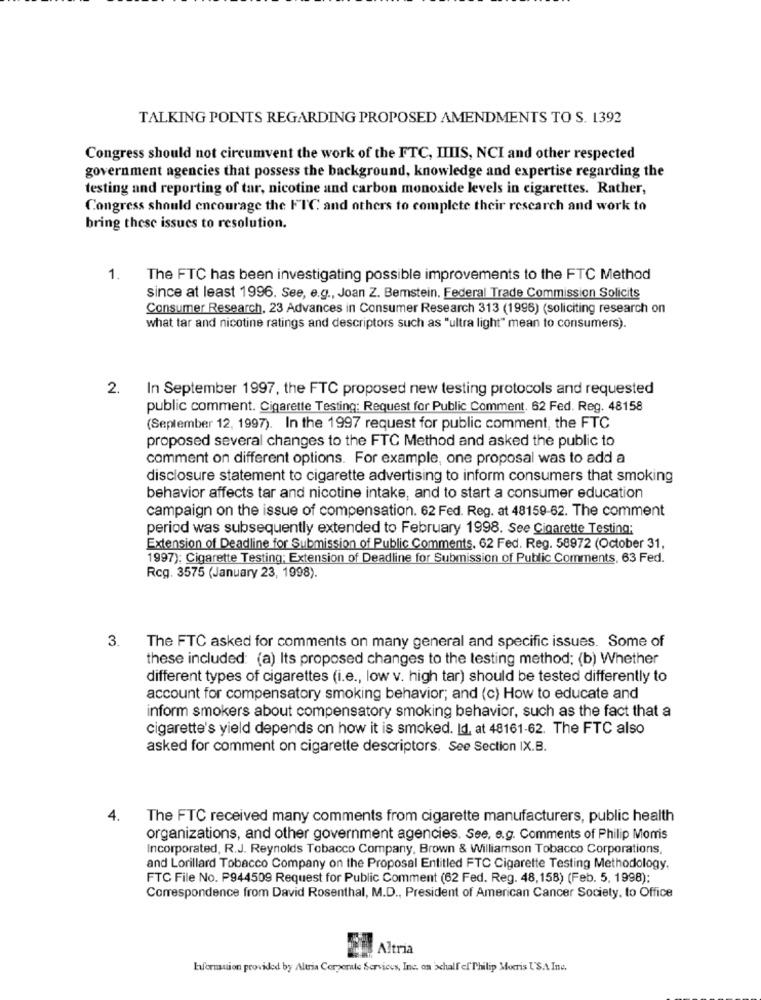
TALKING POINTS REGARDING PROPOSED AMENDMENTS TO S. 1392
Congress should not circumvent the work of the FTC, IIIIS, NCI and other respected
government agencies that possess the background, knowledge and expertise regarding the
testing and reporting of tar, nicotine and carbon monoxide levels in cigarettes. Rather,
Congress should encourage the FIC and others to complete their research and work to
bring these issues to resolution.
1.
The FTC has been investigating possible improvements to the FTC Method
since at least 1996. See, e.g ., Joan Z. Bemstein. Federal Trade Commission Solicits
Consumer Research, 23 Advances in Consumer Research 313 (1996) (soliciting research on
what tar and nicotine ratings and descriptors such as "ultra light" mean to consumers).
2.
In September 1997, the FTC proposed new testing protocols and requested
public comment. Cigarette Testing: Request for Public Comment. 62 Fed. Reg. 48158
(September 12, 1997). In the 1997 request for public comment, the FTC
proposed several changes to the FTC Method and asked the public to
comment on different options. For example, one proposal was to add a
disclosure statement to cigarette advertising to inform consumers that smoking
behavior affects tar and nicotine intake, and to start a consumer education
campaign on the issue of compensation. 62 Fed. Reg. at 48159-62. The comment
period was subsequently extended to February 1998. See Cigarette Testing:
Extension of Deadline for Submission of Public Comments. 62 Fed. Reg. 58972 (October 31,
1997); Cigarette Testing; Extension of Deadline for Submission of Public Comments, 63 Fed.
Rcg. 3575 (January 23, 1998).
3.
The FTC asked for comments on many general and specific issues. Some of
these included: (a) Its proposed changes to the testing method; (b) Whether
different types of cigarettes (i.e ., low v. high tar) should be tested differently to
account for compensatory smoking behavior; and (c) How to educate and
inform smokers about compensatory smoking behavior, such as the fact that a
cigarette's yield depends on how it is smoked. Id, at 48161-62. The FTC also
asked for comment on cigarette descriptors. See Section IX.B.
4.
The FTC received many comments from cigarette manufacturers, public health
organizations, and other government agencies. See, e.g. Comments of Philip Morris
Incorporated, R.J. Reynolds Tobacco Company, Brown & Williamson Tobacco Corporations,
and Lorillard Tobacco Company on the Proposal Entitled FTC Cigarette Testing Methodology.
FTC File No. P944509 Request for Public Comment (62 Fed. Reg. 48,158) (Feb. 5, 1998);
Correspondence from David Rosenthal, M.D ., President of American Cancer Society, to Office
Altria
Euformuion provided by Altria Corporate Services, Inc. on schall ef Philip Morris USA Ine.